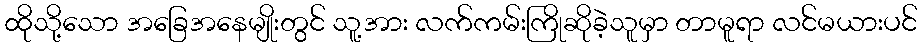
ထိုသို့သော အခြေအနေမျိုးတွင် သူ့အား လက်ကမ်းကြိုဆိုခဲ့သူမှာ တာမူရာ လင်မယားပင်